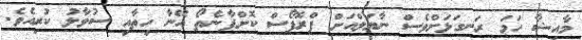
މާއިޝާ ހަމަ ރަނގަޅަށްވެސް ނާޔަލްއަށް ޕްރޮޕޯސް ކޮށްފާނެތޯ އޭނާ ހިތާއި ސުވާލު ކުރިއެވެ.